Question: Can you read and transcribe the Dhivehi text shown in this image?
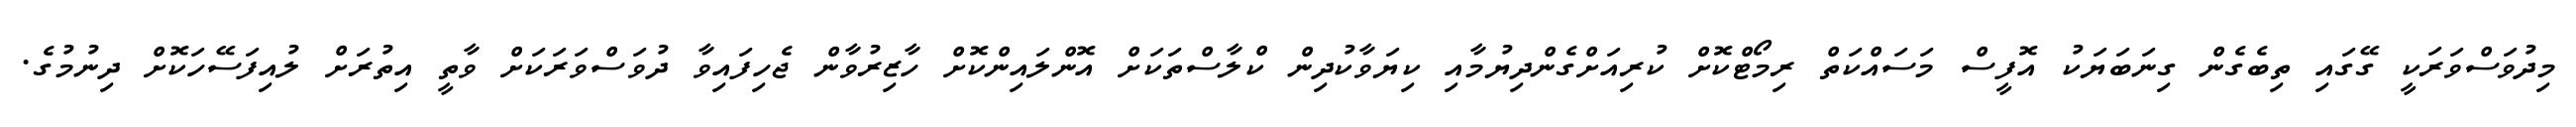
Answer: މިދުވަސްވަރަކީ ގޭގައި ތިބެގެން ގިނަބަޔަކު އޮފީސް މަސައްކަތް ރިމޯޓްކޮށް ކުރިއަށްގެންދިޔުމާއި ކިޔަވާކުދިން ކްލާސްތަކަށް އޮންލައިންކޮށް ހާޒިރުވާން ޖެހިފައިވާ ދުވަސްވަރަކަށް ވާތީ އިތުރަށް ލުއިފަސޭހަކޮށް ދިނުމުގެ.